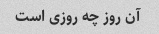
آن روز چه روزی است